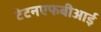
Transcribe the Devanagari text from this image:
टेटनएफबीआई